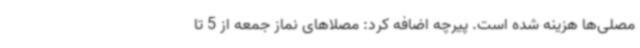
مصلی‌ها هزینه شده است. پیرچه اضافه کرد: مصلاهای نماز جمعه از 5 تا